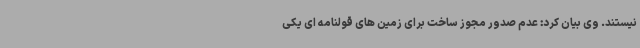
نیستند. وی بیان کرد: عدم صدور مجوز ساخت برای زمین های قولنامه ای یکی